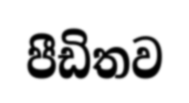
පීඩිතව